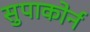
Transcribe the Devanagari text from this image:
सुपाकोर्न